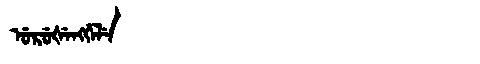
Manchu: ᡠᡵᡠᡧᡝᠩᡤᡝᠯᡝ
Romanization: URUŠENGGELE